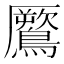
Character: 鷢